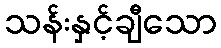
သန်းနှင့်ချီသော